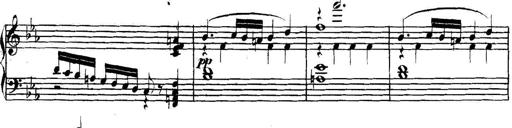
Title: Collected Piano Sonatas
Composer: Muzio Clementi